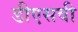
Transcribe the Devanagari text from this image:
डीएसवी